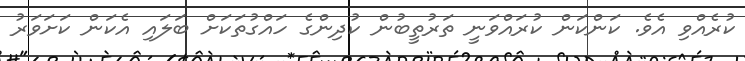
ކުރެއްވި އެވެ. ކަންކަން ކުރައްވަނީ ތަރުތީބުން ކުދިންގެ ހައްގުތަކަށް ބަލައި އެކަން ކަށަވަރު